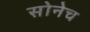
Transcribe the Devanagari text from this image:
सोनेच